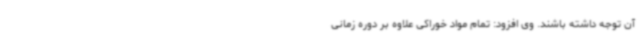
آن توجه داشته باشند. وی افزود: تمام مواد خوراکی علاوه بر دوره زمانی